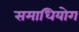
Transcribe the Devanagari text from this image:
समाधियोग